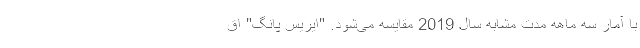
با آمار سه ماهه مدت مشابه سال 2019 مقایسه می‌شود. "ایریس پانگ" اق